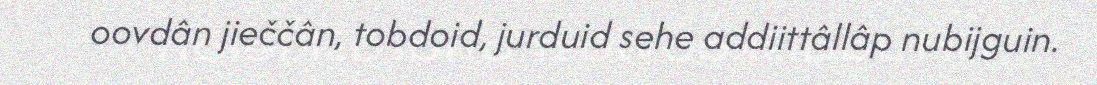
oovdân jieččân, tobdoid, jurduid sehe addiittâllâp nubijguin.